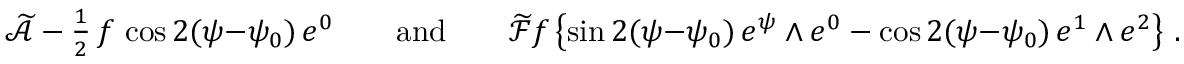
\begin{array} { r } { \mathcal { \widetilde { A } } \= - \frac 1 2 \, f \, \cos 2 ( \psi { - } \psi _ { 0 } ) \, e ^ { 0 } \qquad \mathrm { a n d } \qquad \mathcal { \widetilde { F } } \= f \, \bigl \{ \sin 2 ( \psi { - } \psi _ { 0 } ) \, e ^ { \psi } \wedge e ^ { 0 } - \cos 2 ( \psi { - } \psi _ { 0 } ) \, e ^ { 1 } \wedge e ^ { 2 } \big \} \ . } \end{array}